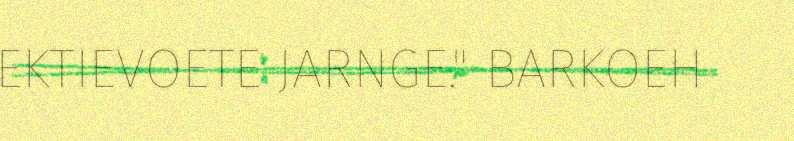
EKTIEVOETE JARNGE." BARKOEH